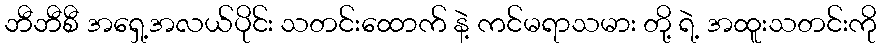
ဘီဘီစီ အရှေ့အလယ်ပိုင်း သတင်းထောက် နဲ့ ကင်မရာသမား တို့ ရဲ့ အထူးသတင်းကို